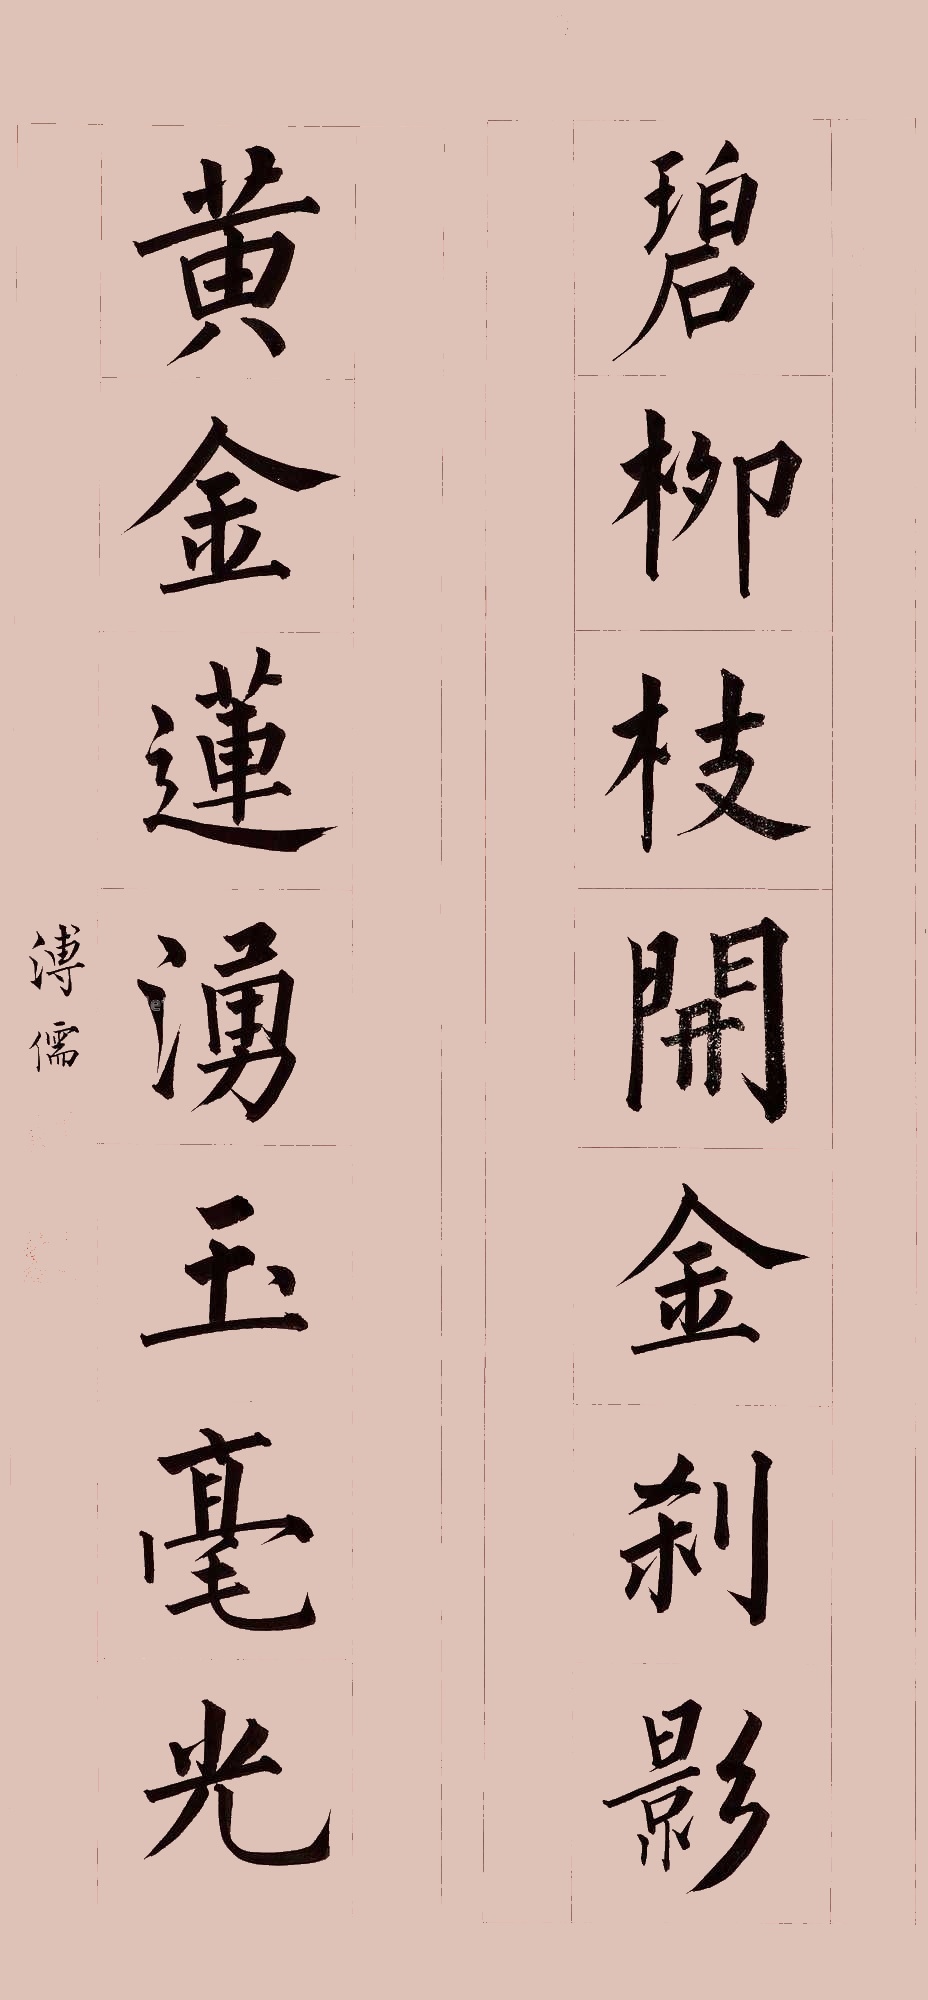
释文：碧柳枝开金刹影，黄金莲涌玉毫光。溥儒。